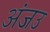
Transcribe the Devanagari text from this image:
अंजउ